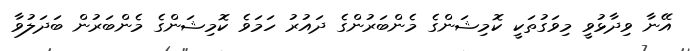
އޭނާ ވިދާޅުވީ މިވަގުތަކީ ކޮމިޝަންގެ މެންބަރުންގެ ދައުރު ހަމަވެ ކޮމިޝަންގެ މެންބަރުން ބަދަލުވާ